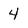
Character: 4